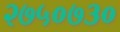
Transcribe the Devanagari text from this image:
२७५०७३०